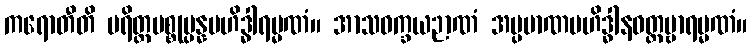
ကရောတီတိ ပရိတ္တပစ္စုပ္ပန္နဗဟိဒ္ဓါရမ္မဏံ။ အာသဝက္ခယဉာဏံ အပ္ပမာဏဗဟိဒ္ဓါနဝတ္တဗ္ဗာရမ္မဏံ။